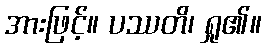
အားဖြင့်။ ပဿတိ၊ ရှု၏။